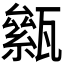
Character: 𤮎